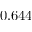
0 . 6 4 4